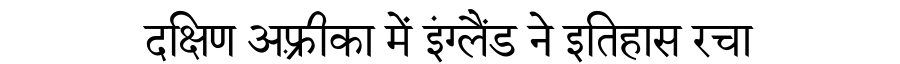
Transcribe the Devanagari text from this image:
दक्षिण अफ़्रीका में इंग्लैंड ने इतिहास रचा